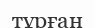
тұрған